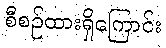
စီစဉ်ထားရှိကြောင်း